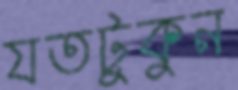
যতটুকুন